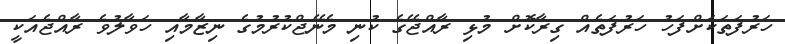
ހަރުފަތަކަށްފަހު ހަރުފަތެއް ގިރާކޮށް މުޅި ރާއްޖޭގެ ކުނި މެނޭޖްކުރުމުގެ ނިޒާމާއި ހަވާލުވެ ރާއްޖެއަކީ